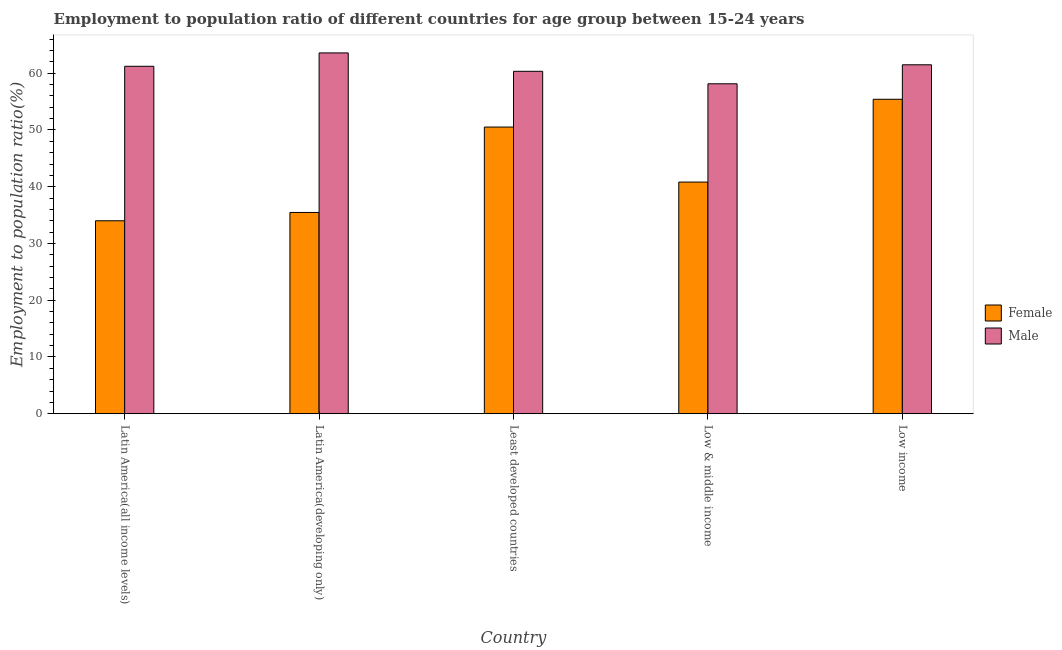
| Country | Female | Male |
 | --- | --- | --- |
 | Latin America(all income levels) | 34 | 61.2 |
 | Latin America(developing only) | 35.5 | 63.6 |
 | Least developed countries | 50.5 | 60.3 |
 | Low & middle income | 40.8 | 58.1 |
 | Low income | 55.4 | 61.5 |